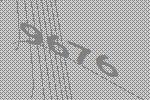
9676